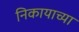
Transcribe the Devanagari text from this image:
निकायाच्या